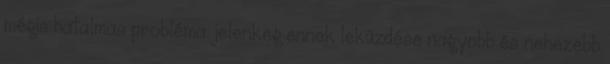
mégis hatalmas probléma. jelenkeg ennek leküzdése nagyobb és nehezebb